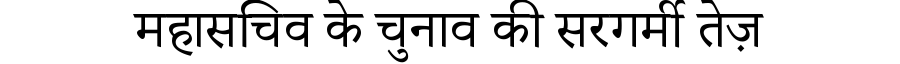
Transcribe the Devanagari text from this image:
महासचिव के चुनाव की सरगर्मी तेज़